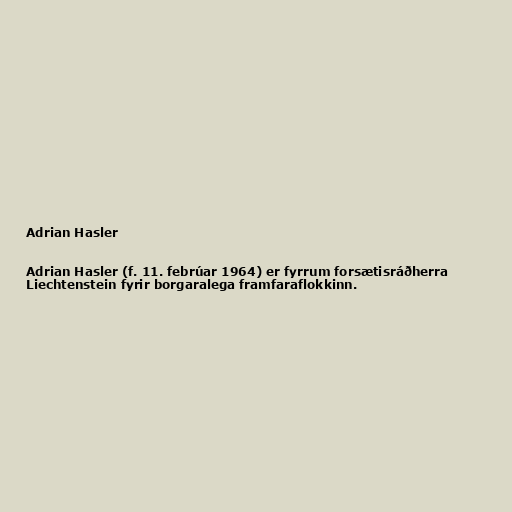
Adrian Hasler

Adrian Hasler (f. 11. febrúar 1964) er fyrrum forsætisráðherra
Liechtenstein fyrir borgaralega framfaraflokkinn.